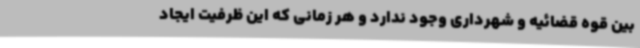
بین قوه قضائیه و شهرداری وجود ندارد و هر زمانی که این ظرفیت ایجاد